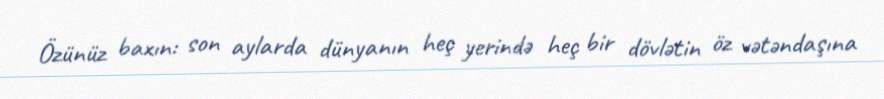
Özünüz baxın: son aylarda dünyanın heç yerində heç bir dövlətin öz vətəndaşına